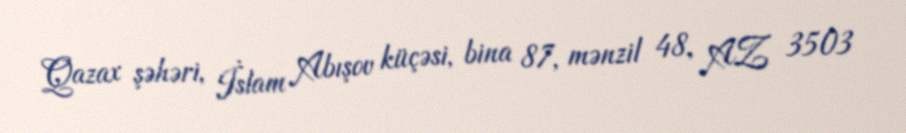
Qazax şəhəri, İslam Abışov küçəsi, bina 87, mənzil 48, AZ 3503